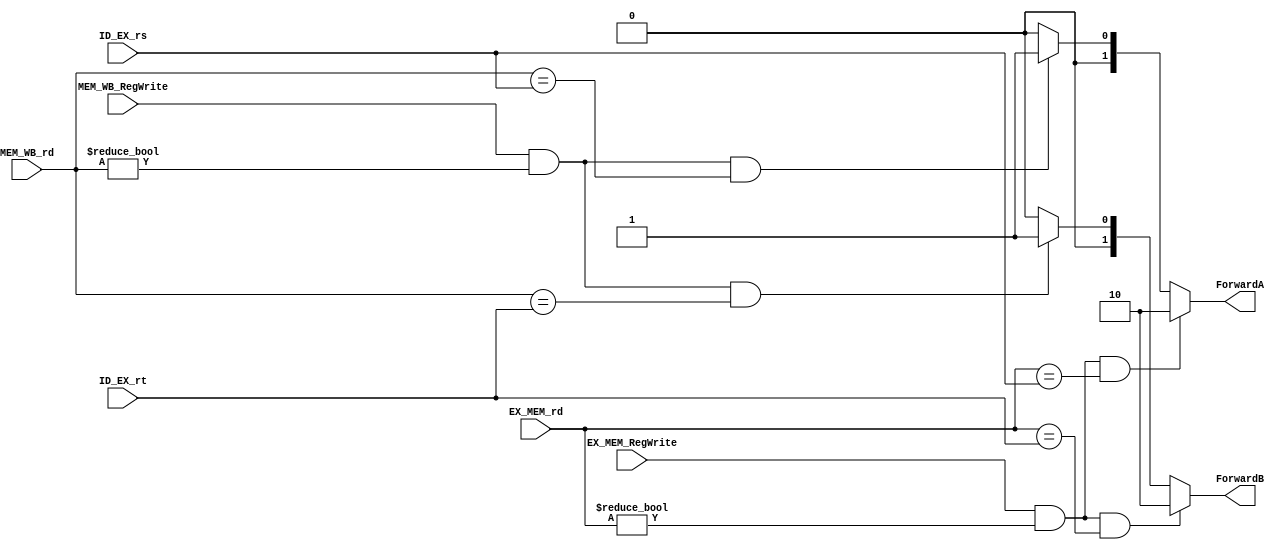
`timescale 1ns / 1ps
//////////////////////////////////////////////////////////////////////////////////
// Company: 
// Engineer: 
// 
// Design Name: 
// Module Name:    Forwarding_unit 
// Project Name: 
// Target Devices: 
// Tool versions: 
// Description: 
//
// Dependencies: 
//
// Revision: 
// Revision 0.01 - File Created
// Additional Comments: 
//
//////////////////////////////////////////////////////////////////////////////////
module Forwarding_Unit(
    input [4:0] ID_EX_rs,     // Source register 1 from ID/EX pipeline register
    input [4:0] ID_EX_rt,     // Source register 2 from ID/EX pipeline register
    input [4:0] EX_MEM_rd,    // Destination register from EX/MEM pipeline register
    input [4:0] MEM_WB_rd,    // Destination register from MEM/WB pipeline register
    input EX_MEM_RegWrite,    // Register write flag from EX/MEM pipeline register
    input MEM_WB_RegWrite,    // Register write flag from MEM/WB pipeline register
    output reg [1:0] ForwardA, // Forwarding control signal for operand 1
    output reg [1:0] ForwardB  // Forwarding control signal for operand 2
);

always @(*) begin
    // Default values
    ForwardA = 2'b00;
    ForwardB = 2'b00;

    // Check for forwarding to operand 1 (rs)
    if (EX_MEM_RegWrite && (EX_MEM_rd != 0) && (EX_MEM_rd == ID_EX_rs))
        ForwardA = 2'b10;
    else if (MEM_WB_RegWrite && (MEM_WB_rd != 0) && (MEM_WB_rd == ID_EX_rs))
        ForwardA = 2'b01;

    // Check for forwarding to operand 2 (rt)
    if (EX_MEM_RegWrite && (EX_MEM_rd != 0) && (EX_MEM_rd == ID_EX_rt))
        ForwardB = 2'b10;
    else if (MEM_WB_RegWrite && (MEM_WB_rd != 0) && (MEM_WB_rd == ID_EX_rt))
        ForwardB = 2'b01;
end

endmodule